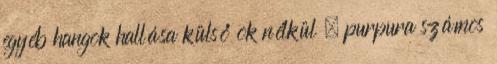
egyéb hangok hallása külső ok nélkül , purpura számos